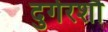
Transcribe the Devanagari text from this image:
दुर्गरशौ